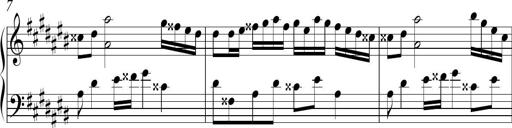
Title: Ten Piano Sonatinas
Composer: Andreas Sain